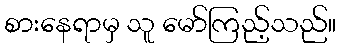
စားနေရာမှ သူ မော်ကြည့်သည်။